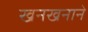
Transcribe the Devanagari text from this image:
खनखनाने